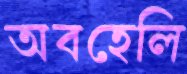
অবহেলি